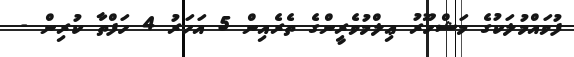
ފުވައްމުލަކުގެ މަޝްހޫރު ޢިލްމުވެރީންގެ ތެރެއިން 5 އަހަރު 4 ހަފްތާ ކުރިން -